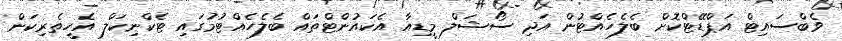
ވެބްސައިޓް އަޕްޑޭޓްކޮށް ބެލެހެއްޓުން އަދި ސޯޝަލް މީޑިއާ އެކައުންޓްތައް ބެލެހެއްޓުމުގައި ޓެކްނިކަލް އެހީތެރިކަން